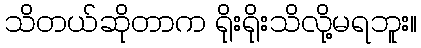
သိတယ်ဆိုတာက ရိုးရိုးသိလို့မရဘူး။